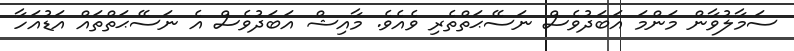
ސަމާލުވާން މަންމަ އަބަދުވެސް ނަސޭޙަތްތެރި ވެއެވެ. މާއިޝް އަބަދުވެސް އެ ނަސޭޙަތްތައް އަޑުއަހާ